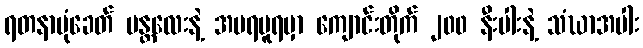
ရတနာပုံခေတ် မန္တလေးနဲ့ အမရပူရမှာ ကျောင်းတိုက် ၂၀၀ နီးပါးနဲ့ သံဃာအပါး